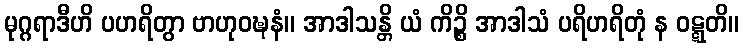
မုဂ္ဂရာဒီဟိ ပဟရိတွာ ဗာဟုဝဍ္ဎနံ။ အာဒါသန္တိ ယံ ကိဉ္စိ အာဒါသံ ပရိဟရိတုံ န ဝဋ္ဋတိ။